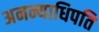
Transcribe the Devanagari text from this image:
अनन्याधिपति